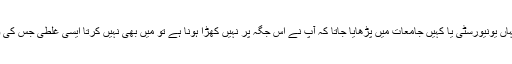
کیونکہ دیکھیں اگر ہمارے یہاں یونیورسٹی یا کہیں جامعات میں پڑھایا جاتا کہ آپ نے اس جگہ پر نہیں کھڑا ہونا ہے تو میں بھی نہیں کرتا ایسی غلطی جس کی وجہ سے دروازے بند ہوئے۔